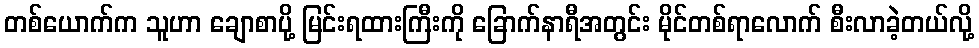
တစ်ယောက်က သူဟာ ချောစာပို့ မြင်းရထားကြီးကို ခြောက်နာရီအတွင်း မိုင်တစ်ရာလောက် စီးလာခဲ့တယ်လို့